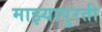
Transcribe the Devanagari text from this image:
माझ्यापुरती